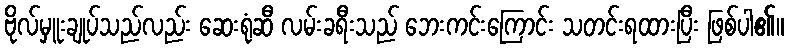
ဗိုလ်မှူးချုပ်သည်လည်း ဆေးရုံဆီ လမ်းခရီးသည် ဘေးကင်းကြောင်း သတင်းရထားပြီး ဖြစ်ပါ၏။